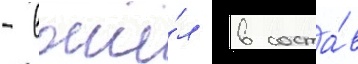
- вошё́л в соста́в